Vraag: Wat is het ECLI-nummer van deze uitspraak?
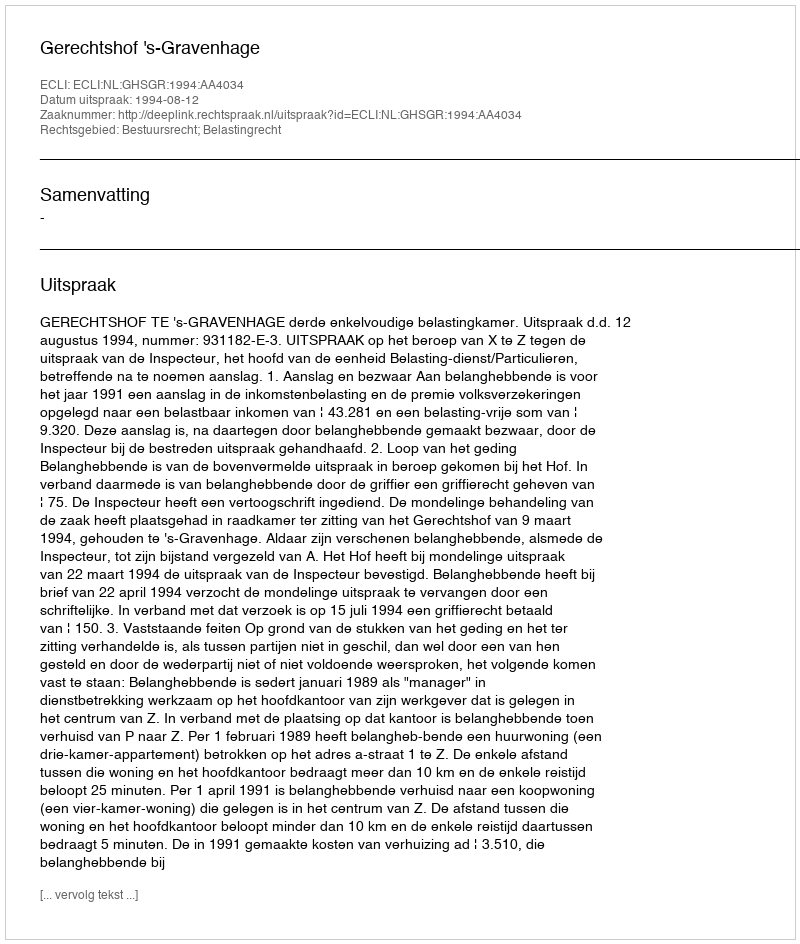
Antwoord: ECLI:NL:GHSGR:1994:AA4034